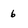
Character: 6